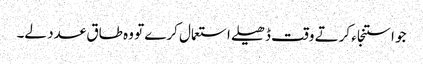
جو استنجاء کرتے وقت ڈھیلے استعمال کرے تو وہ طاق عدد لے۔